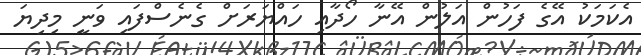
އެކަމަކު އޭގެ ފަހުން އަލުން އޭނާ ހޯދާއި ހައްޔަރަށް ގެނެސްފައި ވަނީ މިދިޔަ